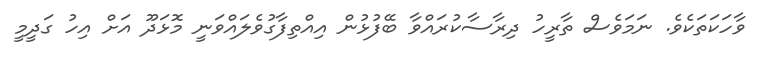
ވާހަކަތަކެވެ. ނަމަވެސް ތާރީހު ދިރާސާކުރައްވާ ބޭފުޅުން އިއްތިފާގުވެލައްވަނީ މޮޅަދޫ އަށް އިހު ގަދީމީ